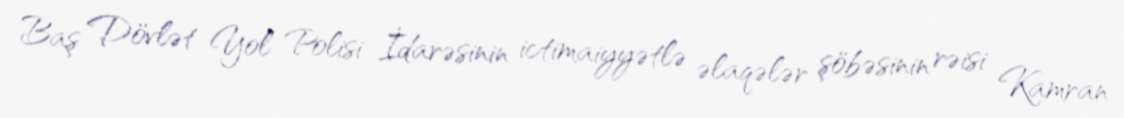
Baş Dövlət Yol Polisi İdarəsinin ictimaiyyətlə əlaqələr şöbəsinin rəisi Kamran